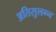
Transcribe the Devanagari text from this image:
अतिसुलग्न